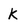
Character: k